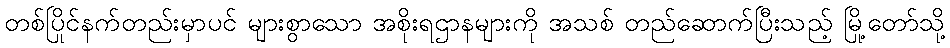
တစ်ပြိုင်နက်တည်းမှာပင် များစွာသော အစိုးရဌာနများကို အသစ် တည်ဆောက်ပြီးသည့် မြို့တော်သို့